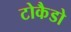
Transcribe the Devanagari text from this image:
टोकैडो